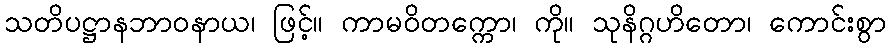
သတိပဋ္ဌာနဘာဝနာယ၊ ဖြင့်။ ကာမဝိတက္ကော၊ ကို။ သုနိဂ္ဂဟိတော၊ ကောင်းစွာ